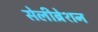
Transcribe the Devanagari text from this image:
सेलीब्रेशन